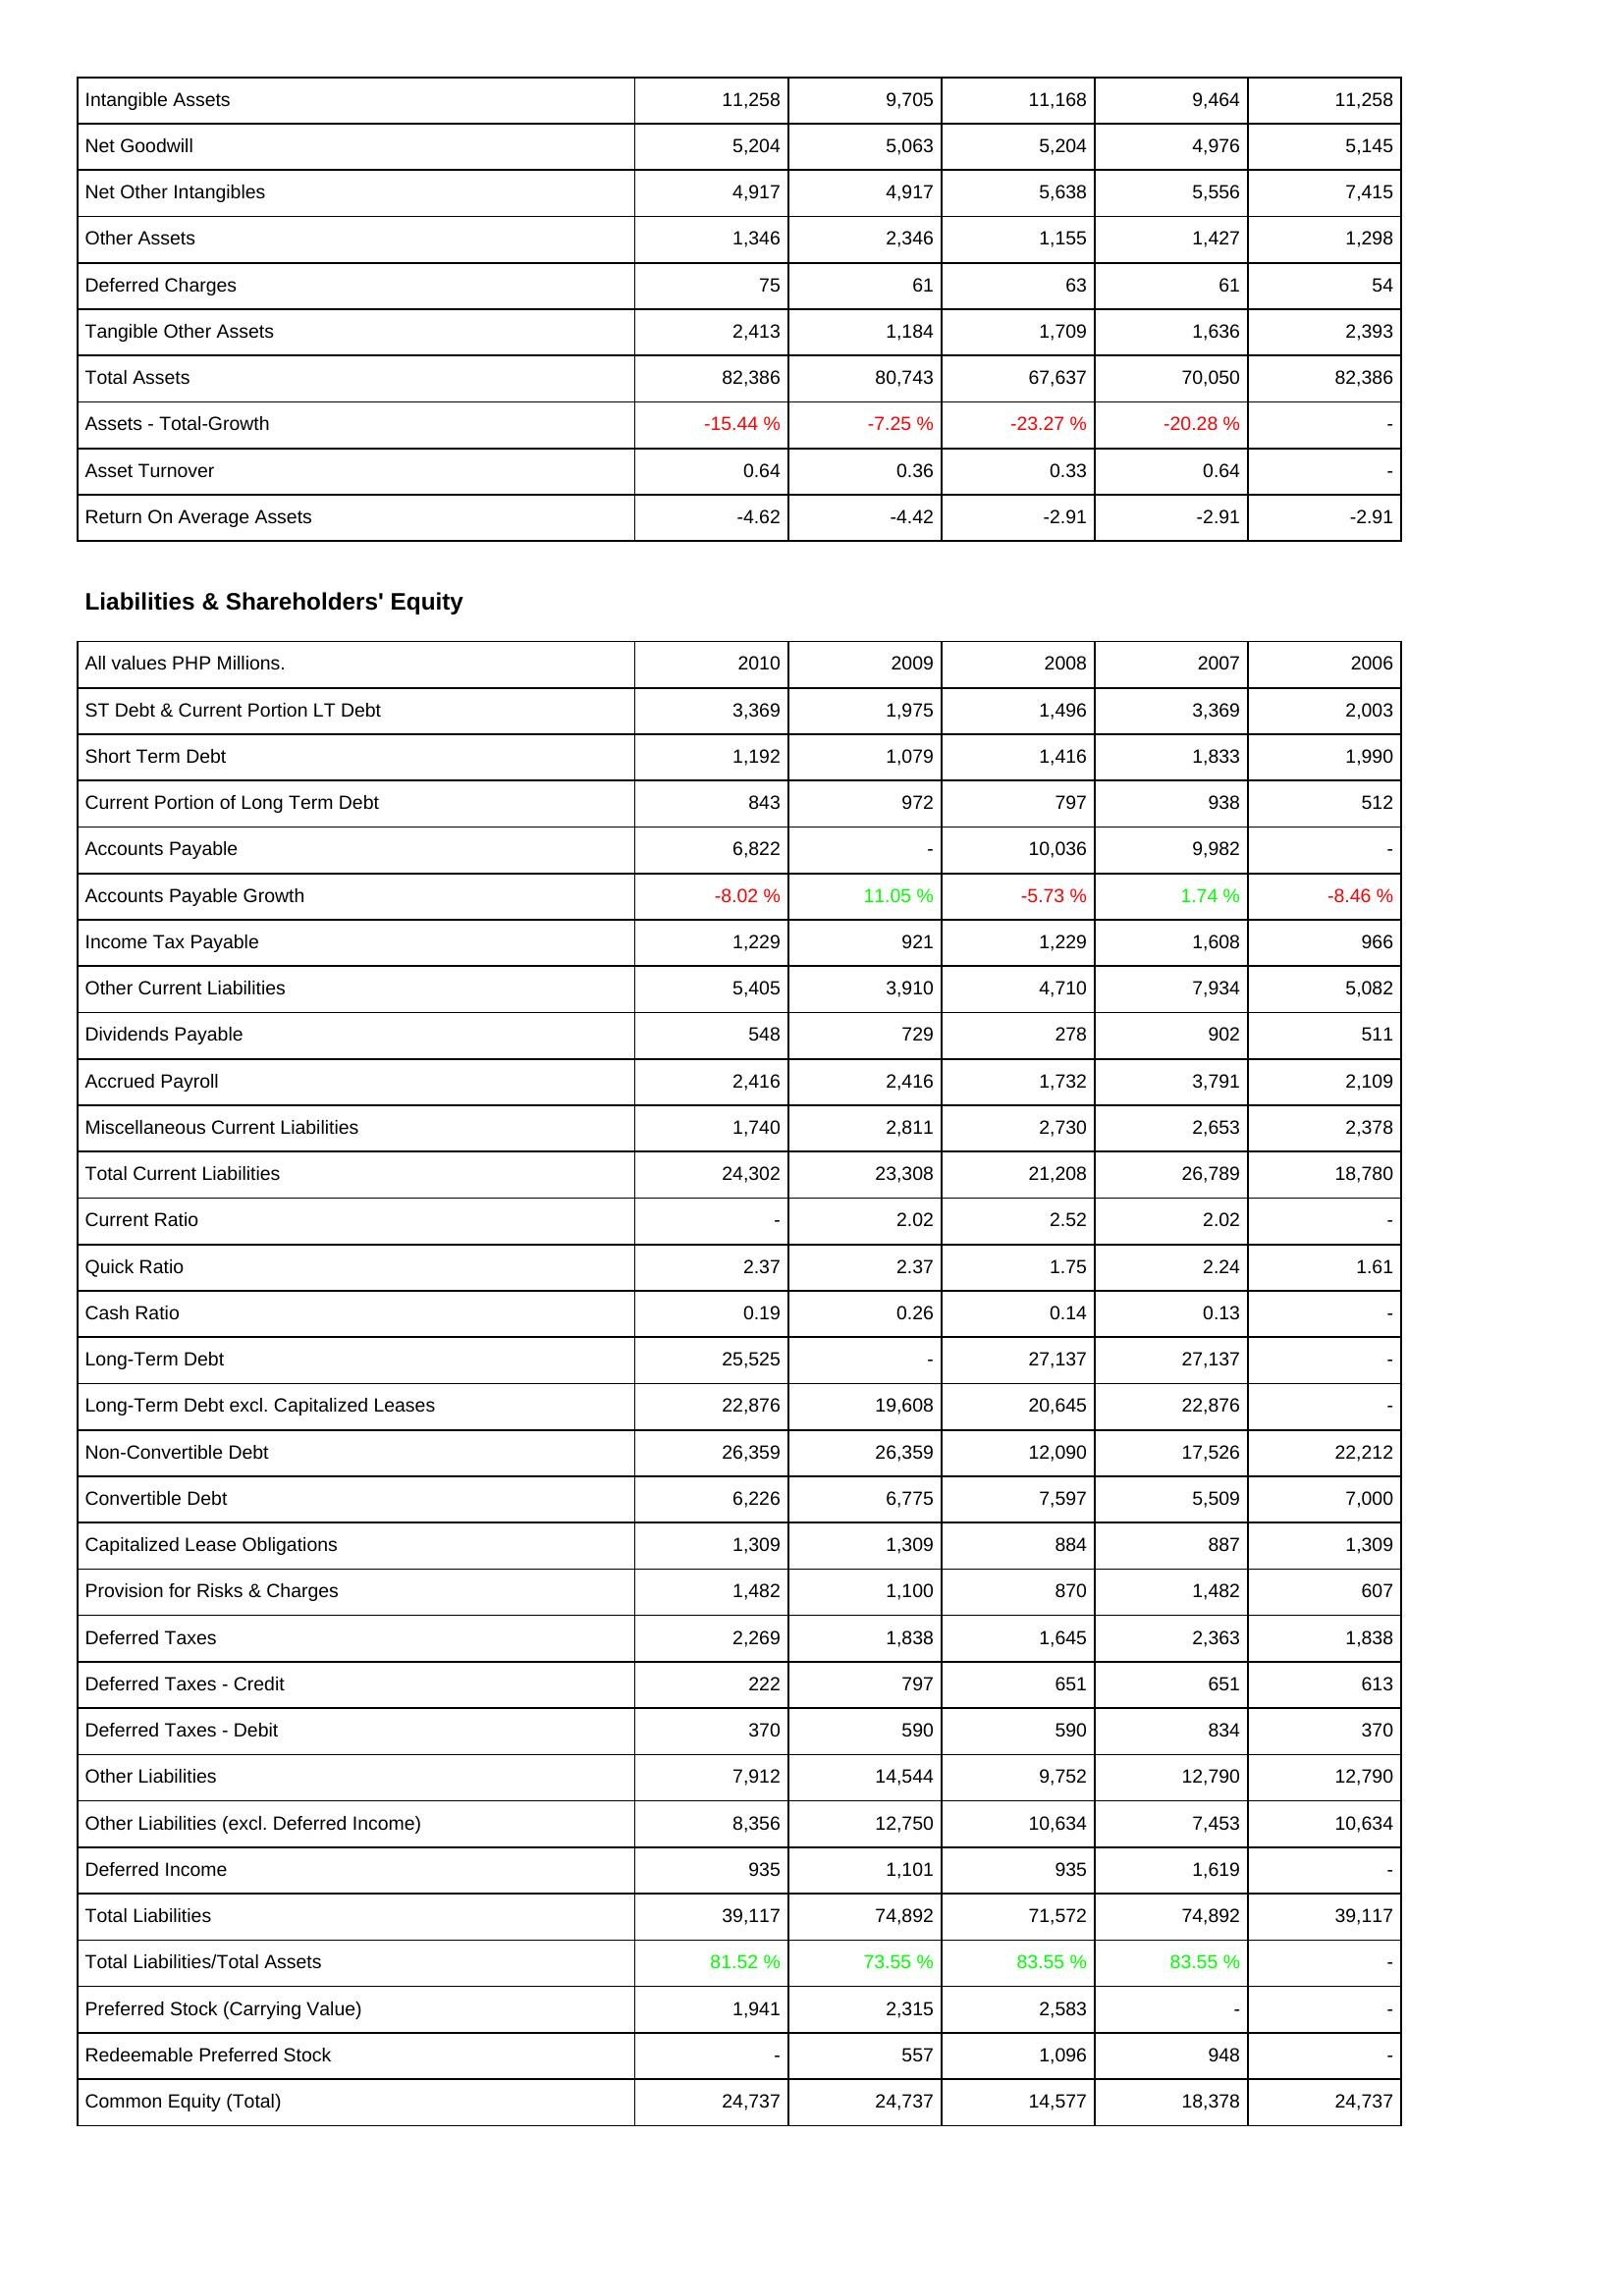
2010: Assets: Intangible Assets: 11,258
Net Goodwill: 5,204
Net Other Intangibles: 4,917
Other Assets: 1,346
Deferred Charges: 75
Tangible Other Assets: 2,413
Total Assets: 82,386
Assets - Total-Growth: -15.44 %
Asset Turnover: 0.64
Return On Average Assets: -4.62
Liabilities & Shareholders' Equity: ST Debt & Current Portion LT Debt: 3,369
Short Term Debt: 1,192
Current Portion of Long Term Debt: 843
Accounts Payable: 6,822
Accounts Payable Growth: -8.02 %
Income Tax Payable: 1,229
Other Current Liabilities: 5,405
Dividends Payable: 548
Accrued Payroll: 2,416
Miscellaneous Current Liabilities: 1,740
Total Current Liabilities: 24,302
Current Ratio: -
Quick Ratio: 2.37
Cash Ratio: 0.19
Long-Term Debt: 25,525
Long-Term Debt excl. Capitalized Leases: 22,876
Non-Convertible Debt: 26,359
Convertible Debt: 6,226
Capitalized Lease Obligations: 1,309
Provision for Risks & Charges: 1,482
Deferred Taxes: 2,269
Deferred Taxes - Credit: 222
Deferred Taxes - Debit: 370
Other Liabilities: 7,912
Other Liabilities (excl. Deferred Income): 8,356
Deferred Income: 935
Total Liabilities: 39,117
Total Liabilities/Total Assets: 81.52 %
Preferred Stock (Carrying Value): 1,941
Redeemable Preferred Stock: -
Common Equity (Total): 24,737
2009: Assets: Intangible Assets: 9,705
Net Goodwill: 5,063
Net Other Intangibles: 4,917
Other Assets: 2,346
Deferred Charges: 61
Tangible Other Assets: 1,184
Total Assets: 80,743
Assets - Total-Growth: -7.25 %
Asset Turnover: 0.36
Return On Average Assets: -4.42
Liabilities & Shareholders' Equity: ST Debt & Current Portion LT Debt: 1,975
Short Term Debt: 1,079
Current Portion of Long Term Debt: 972
Accounts Payable: -
Accounts Payable Growth: 11.05 %
Income Tax Payable: 921
Other Current Liabilities: 3,910
Dividends Payable: 729
Accrued Payroll: 2,416
Miscellaneous Current Liabilities: 2,811
Total Current Liabilities: 23,308
Current Ratio: 2.02
Quick Ratio: 2.37
Cash Ratio: 0.26
Long-Term Debt: -
Long-Term Debt excl. Capitalized Leases: 19,608
Non-Convertible Debt: 26,359
Convertible Debt: 6,775
Capitalized Lease Obligations: 1,309
Provision for Risks & Charges: 1,100
Deferred Taxes: 1,838
Deferred Taxes - Credit: 797
Deferred Taxes - Debit: 590
Other Liabilities: 14,544
Other Liabilities (excl. Deferred Income): 12,750
Deferred Income: 1,101
Total Liabilities: 74,892
Total Liabilities/Total Assets: 73.55 %
Preferred Stock (Carrying Value): 2,315
Redeemable Preferred Stock: 557
Common Equity (Total): 24,737
2008: Assets: Intangible Assets: 11,168
Net Goodwill: 5,204
Net Other Intangibles: 5,638
Other Assets: 1,155
Deferred Charges: 63
Tangible Other Assets: 1,709
Total Assets: 67,637
Assets - Total-Growth: -23.27 %
Asset Turnover: 0.33
Return On Average Assets: -2.91
Liabilities & Shareholders' Equity: ST Debt & Current Portion LT Debt: 1,496
Short Term Debt: 1,416
Current Portion of Long Term Debt: 797
Accounts Payable: 10,036
Accounts Payable Growth: -5.73 %
Income Tax Payable: 1,229
Other Current Liabilities: 4,710
Dividends Payable: 278
Accrued Payroll: 1,732
Miscellaneous Current Liabilities: 2,730
Total Current Liabilities: 21,208
Current Ratio: 2.52
Quick Ratio: 1.75
Cash Ratio: 0.14
Long-Term Debt: 27,137
Long-Term Debt excl. Capitalized Leases: 20,645
Non-Convertible Debt: 12,090
Convertible Debt: 7,597
Capitalized Lease Obligations: 884
Provision for Risks & Charges: 870
Deferred Taxes: 1,645
Deferred Taxes - Credit: 651
Deferred Taxes - Debit: 590
Other Liabilities: 9,752
Other Liabilities (excl. Deferred Income): 10,634
Deferred Income: 935
Total Liabilities: 71,572
Total Liabilities/Total Assets: 83.55 %
Preferred Stock (Carrying Value): 2,583
Redeemable Preferred Stock: 1,096
Common Equity (Total): 14,577
2007: Assets: Intangible Assets: 9,464
Net Goodwill: 4,976
Net Other Intangibles: 5,556
Other Assets: 1,427
Deferred Charges: 61
Tangible Other Assets: 1,636
Total Assets: 70,050
Assets - Total-Growth: -20.28 %
Asset Turnover: 0.64
Return On Average Assets: -2.91
Liabilities & Shareholders' Equity: ST Debt & Current Portion LT Debt: 3,369
Short Term Debt: 1,833
Current Portion of Long Term Debt: 938
Accounts Payable: 9,982
Accounts Payable Growth: 1.74 %
Income Tax Payable: 1,608
Other Current Liabilities: 7,934
Dividends Payable: 902
Accrued Payroll: 3,791
Miscellaneous Current Liabilities: 2,653
Total Current Liabilities: 26,789
Current Ratio: 2.02
Quick Ratio: 2.24
Cash Ratio: 0.13
Long-Term Debt: 27,137
Long-Term Debt excl. Capitalized Leases: 22,876
Non-Convertible Debt: 17,526
Convertible Debt: 5,509
Capitalized Lease Obligations: 887
Provision for Risks & Charges: 1,482
Deferred Taxes: 2,363
Deferred Taxes - Credit: 651
Deferred Taxes - Debit: 834
Other Liabilities: 12,790
Other Liabilities (excl. Deferred Income): 7,453
Deferred Income: 1,619
Total Liabilities: 74,892
Total Liabilities/Total Assets: 83.55 %
Preferred Stock (Carrying Value): -
Redeemable Preferred Stock: 948
Common Equity (Total): 18,378
2006: Assets: Intangible Assets: 11,258
Net Goodwill: 5,145
Net Other Intangibles: 7,415
Other Assets: 1,298
Deferred Charges: 54
Tangible Other Assets: 2,393
Total Assets: 82,386
Assets - Total-Growth: -
Asset Turnover: -
Return On Average Assets: -2.91
Liabilities & Shareholders' Equity: ST Debt & Current Portion LT Debt: 2,003
Short Term Debt: 1,990
Current Portion of Long Term Debt: 512
Accounts Payable: -
Accounts Payable Growth: -8.46 %
Income Tax Payable: 966
Other Current Liabilities: 5,082
Dividends Payable: 511
Accrued Payroll: 2,109
Miscellaneous Current Liabilities: 2,378
Total Current Liabilities: 18,780
Current Ratio: -
Quick Ratio: 1.61
Cash Ratio: -
Long-Term Debt: -
Long-Term Debt excl. Capitalized Leases: -
Non-Convertible Debt: 22,212
Convertible Debt: 7,000
Capitalized Lease Obligations: 1,309
Provision for Risks & Charges: 607
Deferred Taxes: 1,838
Deferred Taxes - Credit: 613
Deferred Taxes - Debit: 370
Other Liabilities: 12,790
Other Liabilities (excl. Deferred Income): 10,634
Deferred Income: -
Total Liabilities: 39,117
Total Liabilities/Total Assets: -
Preferred Stock (Carrying Value): -
Redeemable Preferred Stock: -
Common Equity (Total): 24,737